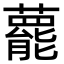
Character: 藣